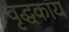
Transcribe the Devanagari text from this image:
वृद्धकाय